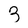
Character: 3